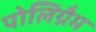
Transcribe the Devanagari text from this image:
पोलिग्रैम